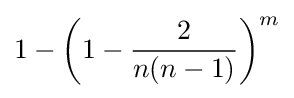
1-\left(1-{\frac {2}{n(n-1)}}\right)^{m}